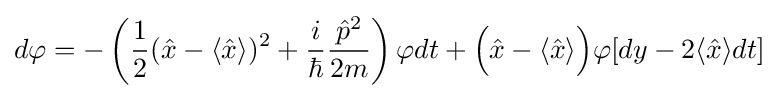
d\varphi =-\left({\frac {1}{2}}({\hat {x}}-\langle {\hat {x}}\rangle )^{2}+{\frac {i}{\hbar }}{\frac {{\hat {p}}^{2}}{2m}}\right)\varphi dt+{\Bigl (}{\hat {x}}-\langle {\hat {x}}\rangle {\Bigr )}\varphi [dy-2\langle {\hat {x}}\rangle dt]